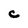
Character: C